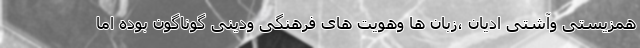
همزیستی وآشتی ادیان ،زبان ها وهویت های فرهنگی ودینی گوناگون بوده اما